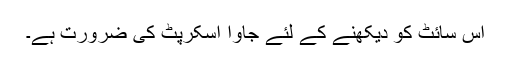
اس سائٹ کو دیکھنے کے لئے جاوا اسکرپٹ کی ضرورت ہے۔